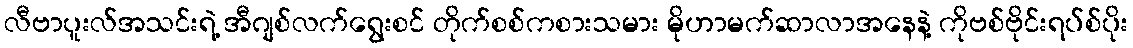
လီဗာပူးလ်အသင်းရဲ့ အီဂျစ်လက်ရွေးစင် တိုက်စစ်ကစားသမား မိုဟာမက်ဆာလာအနေနဲ့ ကိုဗစ်ဗိုင်းရပ်စ်ပိုး